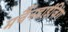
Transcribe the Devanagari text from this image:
मर्चैनडाईज़िंग